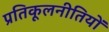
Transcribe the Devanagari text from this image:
प्रतिकूलनीतियों